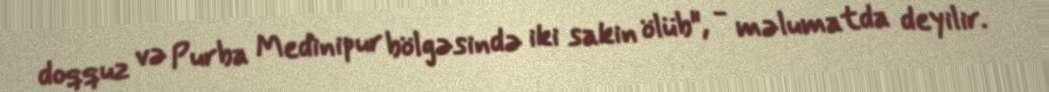
doqquz və Purba Medinipur bölgəsində iki sakin ölüb", - məlumatda deyilir.